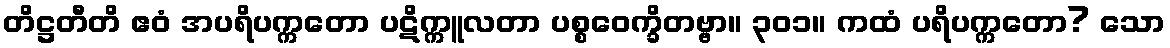
တိဋ္ဌတီတိ ဧဝံ အပရိပက္ကတော ပဋိက္ကူလတာ ပစ္စဝေက္ခိတဗ္ဗာ။ ၃၀၁။ ကထံ ပရိပက္ကတော? သော